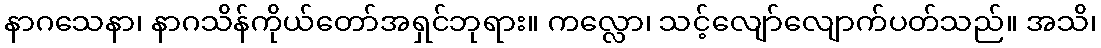
နာဂသေနာ၊ နာဂသိန်ကိုယ်တော်အရှင်ဘုရား။ ကလ္လော၊ သင့်လျော်လျောက်ပတ်သည်။ အသိ၊